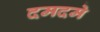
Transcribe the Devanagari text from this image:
दमदमे